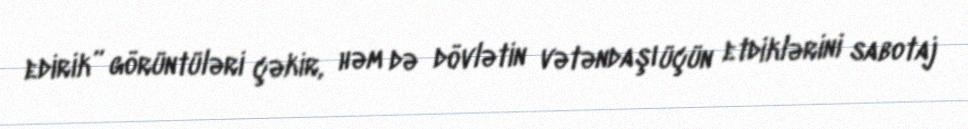
edirik” görüntüləri çəkir, həm də dövlətin vətəndaşı üçün etdiklərini sabotaj